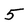
Character: 5